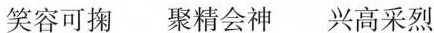
笑容可掬 聚精会神 兴高采烈